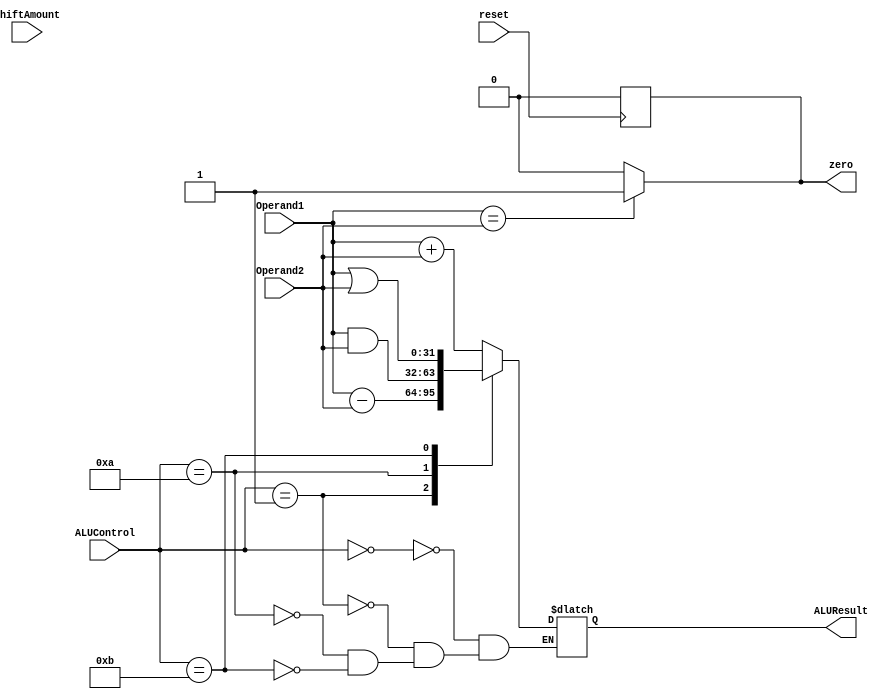
`define ADD  4'b0000;
`define SUB  4'b0001;
`define AND  4'b0010;
`define OR   4'b0011;


module ALU32Bit(Operand1, Operand2, ALUControl, shiftAmount, zero, ALUResult, reset);

	input wire reset;
	input wire signed [31:0] Operand1,Operand2;
	input wire [3:0] ALUControl;
	input wire [4:0] shiftAmount;
	output reg  zero;
	output reg signed [31:0] ALUResult;


	always @(posedge reset) zero <= 1'b0;

	always @(ALUControl, Operand1, Operand2)
	begin

		if(Operand1 == Operand2)
			zero <= 1'b1;
		else
			zero <= 1'b0;

		case(ALUControl)

			0000: begin	
				ALUResult <= Operand1 + Operand2;
				end

			0001:
				begin
				ALUResult <= Operand1 - Operand2;
				end
				
			0010:
				ALUResult <= Operand1 & Operand2;

			0011:
				ALUResult <= Operand1 | Operand2;

		endcase
	end

endmodule